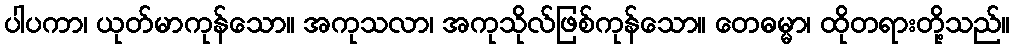
ပါပကာ၊ ယုတ်မာကုန်သော။ အကုသလာ၊ အကုသိုလ်ဖြစ်ကုန်သော။ တေဓမ္မာ၊ ထိုတရားတို့သည်။